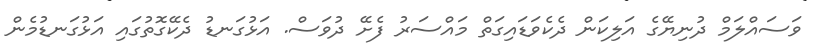
ވަސައްލަމް ދުނިޔޭގެ އަލިކަން ދެކެވަޑައިގަތް މައްސަރު ފެށޭ ދުވަސް. އަޅުގަނޑު ދެކޭގޮތުގައި އަޅުގަނޑުމެން